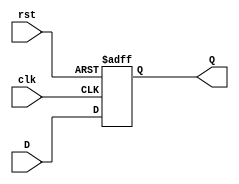

`timescale 1ns/1ns

module DFlipFlop
 (input clk, input rst, input D, output reg Q);
 always @ (posedge clk or posedge rst)
 if (rst) begin
 Q <= 1'b0;
 end 
 else begin
 Q <= D;
 end
endmodule